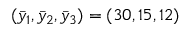
( \bar { y } _ { 1 } , \bar { y } _ { 2 } , \bar { y } _ { 3 } ) = ( 3 0 , 1 5 , 1 2 )